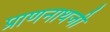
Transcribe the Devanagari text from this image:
प्राणनाथजी